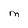
Character: M